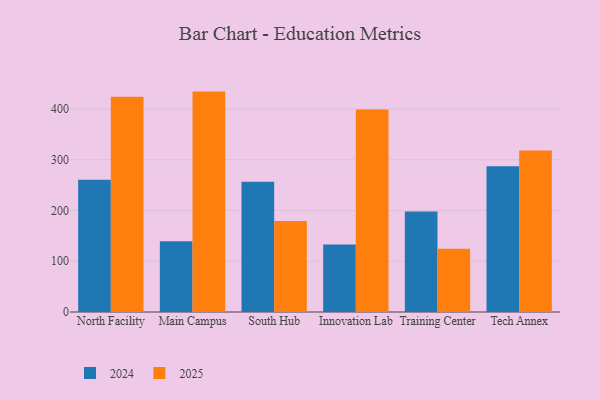
{"axis": {"x": "Campus", "y": "Budget (USD K)"}, "legend": ["2024", "2025"], "data": [{"x": "North Facility", "y": 260.6, "type": "2024"}, {"x": "North Facility", "y": 424.4, "type": "2025"}, {"x": "Main Campus", "y": 139.6, "type": "2024"}, {"x": "Main Campus", "y": 434.4, "type": "2025"}, {"x": "South Hub", "y": 256.6, "type": "2024"}, {"x": "South Hub", "y": 179.5, "type": "2025"}, {"x": "Innovation Lab", "y": 132.9, "type": "2024"}, {"x": "Innovation Lab", "y": 399.3, "type": "2025"}, {"x": "Training Center", "y": 198.0, "type": "2024"}, {"x": "Training Center", "y": 124.5, "type": "2025"}, {"x": "Tech Annex", "y": 287.1, "type": "2024"}, {"x": "Tech Annex", "y": 318.2, "type": "2025"}]}